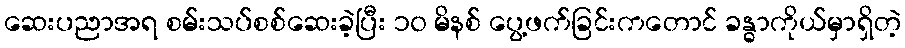
ဆေးပညာအရ စမ်းသပ်စစ်ဆေးခဲ့ပြီး ၁၀ မိနစ် ပွေ့ဖက်ခြင်းကတောင် ခန္ဓာကိုယ်မှာရှိတဲ့